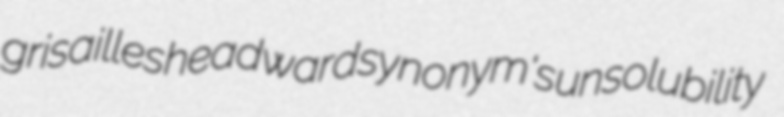
grisailles headward synonym's unsolubility